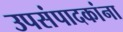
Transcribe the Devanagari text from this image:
उपसंपादकांना